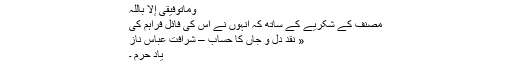
وماتوفیقی إلا باللّٰہ
مصنف کے شکریے کے ساتھ کہ انہوں نے اس کی فائل فراہم کی
« نقد دل و جاں کا حساب – شرافت عباس ناز
یادِ حرم ۔